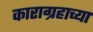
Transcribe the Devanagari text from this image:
काराग्रहाच्या